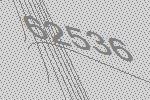
62536